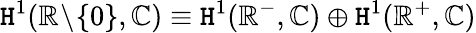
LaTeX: \mathtt{H}^{1}(\mathbb{{R}}\! \setminus\! \{ 0\} ,\mathbb{{C}})\equiv\mathtt{H}^{1}(\mathbb{{R}}^{-},\mathbb{{C}})\oplus\mathtt{H}^{1}(\mathbb{{R}}^{+},\mathbb{{C}})